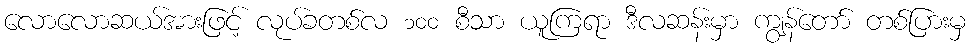
လောလောဆယ်အားဖြင့် လုပ်ခတစ်လ ၁၀၀ စီသာ ယူကြရာ ဒီလဆန်းမှာ ကျွန်တော် တစ်ပြားမှ